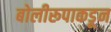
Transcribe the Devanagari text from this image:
बोलीरूपाकडून